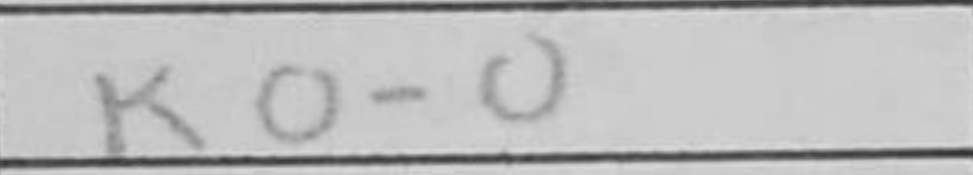
Transcription: O-O